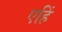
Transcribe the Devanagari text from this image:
एहिं